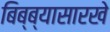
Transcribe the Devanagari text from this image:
बिब्ब्यासारखे